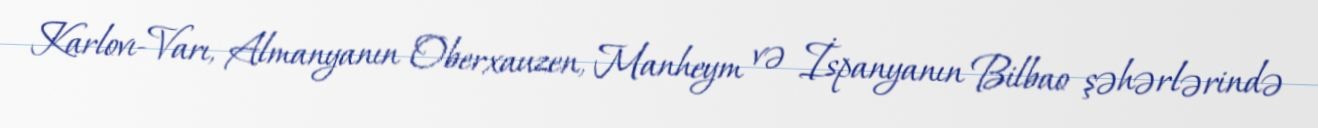
Karlovı-Varı, Almanyanın Oberxauzen, Manheym və İspanyanın Bilbao şəhərlərində